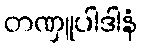
တဏှူပါဒါနံ